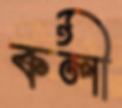
কলী